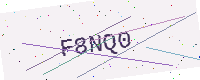
Text: F8NQ0